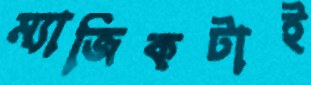
ম্যাজিকটাই